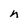
Character: n